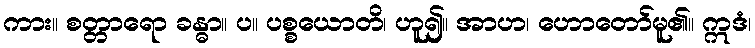
ကား။ စတ္တာရော ခန္ဓာ။ ပ။ ပစ္စယောတိ၊ ဟူ၍။ အာဟ၊ ဟောတော်မူ၏။ ဣဒံ၊